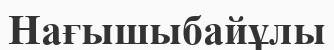
Нағышыбайұлы